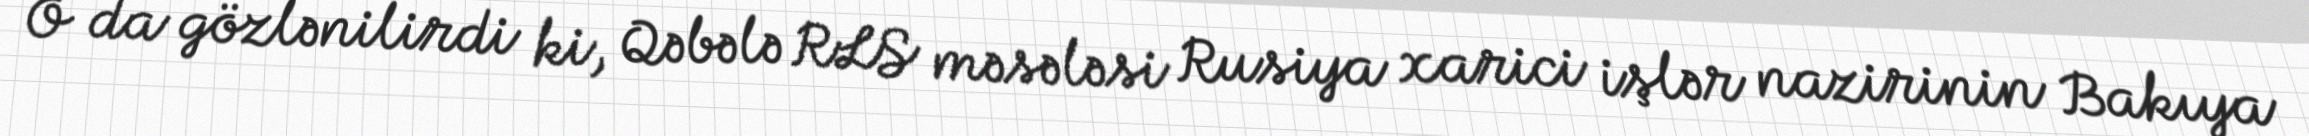
O da gözlənilirdi ki, Qəbələ RLS məsələsi Rusiya xarici işlər nazirinin Bakıya